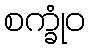
စက္ခုံဝ